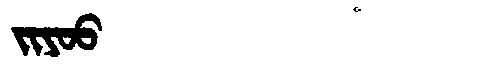
Manchu: ᠵᡳᠶᠣᠣ
Romanization: JIYOO